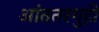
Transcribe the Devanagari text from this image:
आंततरगुही